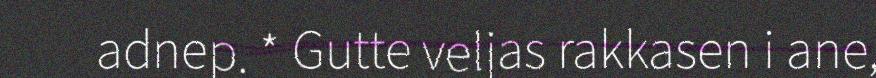
adnep. * Gutte veljas rakkasen i ane,